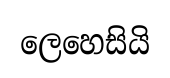
ලෙහෙසියි